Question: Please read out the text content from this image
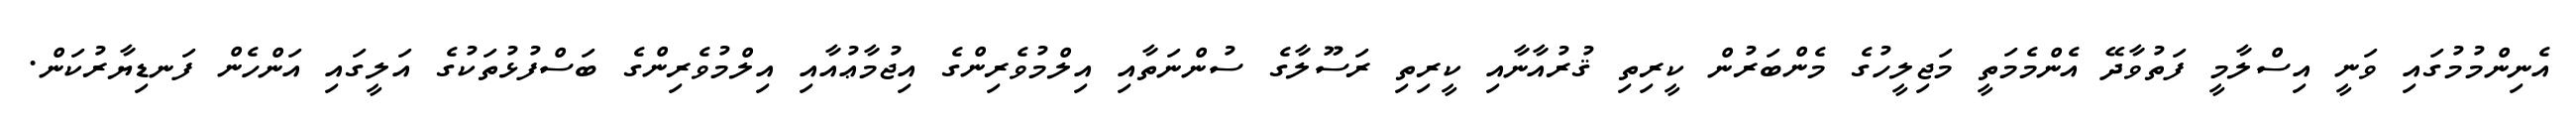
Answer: އެނިންމުމުގައި ވަނީ އިސްލާމީ ފަތުވާދޭ އެންމެމަތީ މަޖިލީހުގެ މެންބަރުން ކީރިތި ޤުރުއާނާއި ކީރިތި ރަސޫލާގެ ސުންނަތާއި އިލްމުވެރިންގެ އިޖުމާޢުއާއި އިލްމުވެރިންގެ ބަސްފުޅުތަކުގެ އަލީގައި އަންހެން ފަނޑިޔާރުކަން.